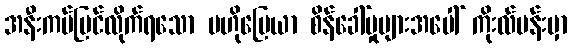
အနီးကပ်မြင်လိုက်ရသော ဗဟိုမြေယာ စိန်ခေါ်မှုများအပေါ် ကိုးလ်မန်းမှာ